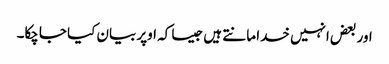
اور بعض انہیں خدا مانتے ہیں جیسا کہ اوپر بیان کیا جاچکا۔